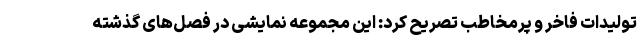
تولیدات فاخر و پرمخاطب تصریح کرد: این مجموعه نمایشی در فصل‌های گذشته